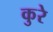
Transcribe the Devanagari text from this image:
कुरे